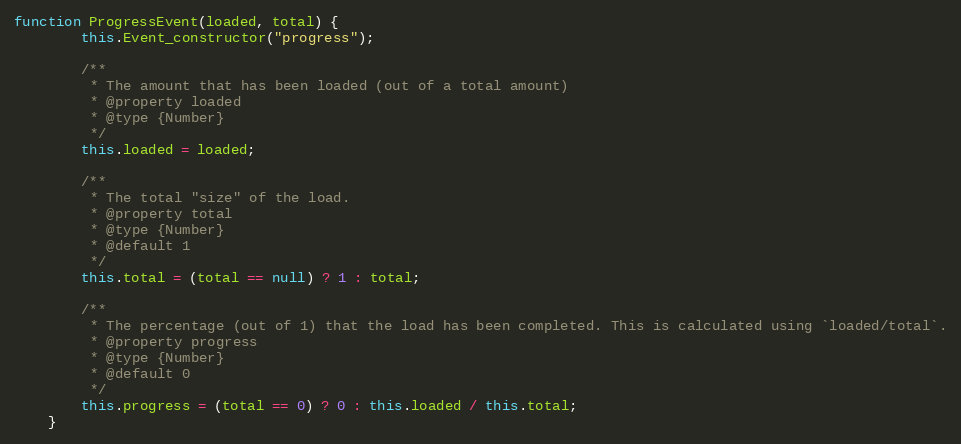
Language: JavaScript
function ProgressEvent(loaded, total) {
		this.Event_constructor("progress");

		/**
		 * The amount that has been loaded (out of a total amount)
		 * @property loaded
		 * @type {Number}
		 */
		this.loaded = loaded;

		/**
		 * The total "size" of the load.
		 * @property total
		 * @type {Number}
		 * @default 1
		 */
		this.total = (total == null) ? 1 : total;

		/**
		 * The percentage (out of 1) that the load has been completed. This is calculated using `loaded/total`.
		 * @property progress
		 * @type {Number}
		 * @default 0
		 */
		this.progress = (total == 0) ? 0 : this.loaded / this.total;
	}